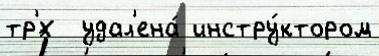
тр'́х  удал'ена́ инстру́ктором